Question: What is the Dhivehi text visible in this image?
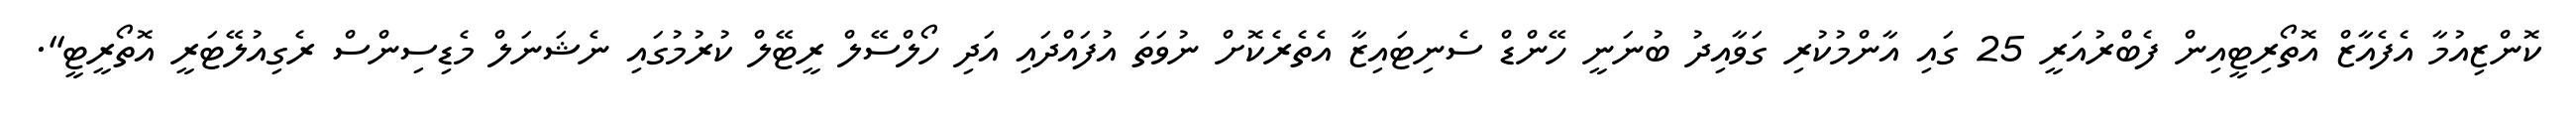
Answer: ކޮންޒިއުމާ އެފެއާޒް އޮތޯރިޓީއިން ފެބްރުއަރީ 25 ގައި އާންމުކުރި ގަވާއިދު ބުނަނީ ހޭންޑް ސެނިޓައިޒާ އެތެރެކޮށް ނުވަތަ އުފައްދައި އަދި ހޯލްސޭލް ރީޓޭލް ކުރުމުގައި ނެޝަނަލް މެޑިސިންސް ރެގިއުލޭޓަރީ އޮތޯރީޓީ".